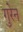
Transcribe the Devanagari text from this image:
गुरेन